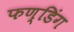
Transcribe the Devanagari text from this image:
फण्डिंग